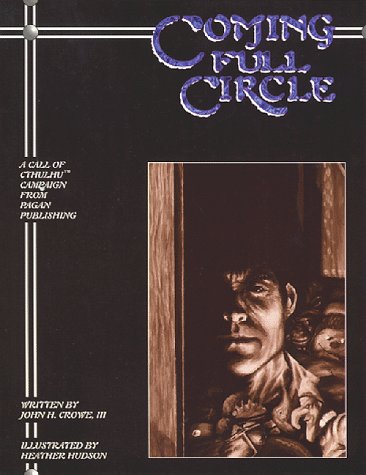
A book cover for Coming Full Circle (Call of Cthulhu); John H. Crowe; Science Fiction & Fantasy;